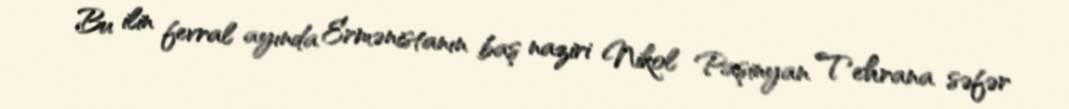
Bu ilin fevral ayında Ermənistanın baş naziri Nikol Paşinyan Tehrana səfər